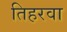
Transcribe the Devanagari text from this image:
तिहरवा